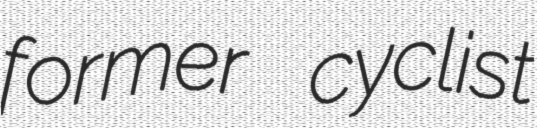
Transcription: former cyclist